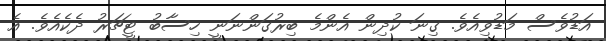
އަޑުވެސް މަޑުވިއެވެ. ގިނަ ކުދިން އެންމެ ބިރުގަންނަނީ ހިސާބު ޓީޗަރު ދެކެއެވެ. އެ